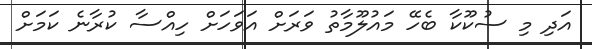
އަދި މި ސުކޫކާ ބެހޭ މައުލޫމާތު ވަރަށް އަވަހަށް ހިއްސާ ކުރާނެ ކަމަށް